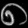
Digit: ၈